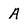
Character: A